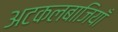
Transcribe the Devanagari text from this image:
अटकलबाजियाँ